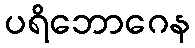
ပရိဘောဂေန